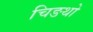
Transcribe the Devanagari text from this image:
चिङथो